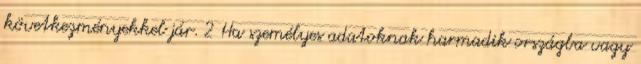
következményekkel jár. 2 Ha személyes adatoknak harmadik országba vagy